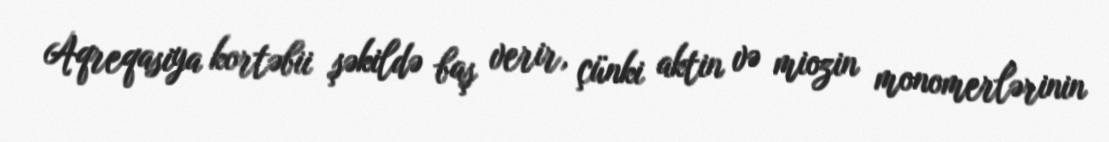
Aqreqasiya kortəbii şəkildə baş verir, çünki aktin və miozin monomerlərinin